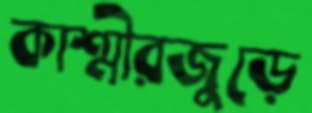
কাশ্মীরজুড়ে